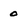
Character: 0